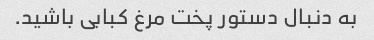
به دنبال دستور پخت مرغ کبابی باشید.